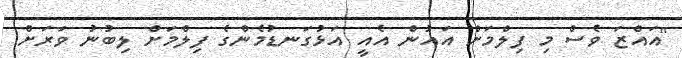
"އައްޒަ ވެސް މި ފިލްމަށް އައުން އެއީ އަޅުގަނޑުމެންގެ ފިލްމަށް ލިބުނު ވަރަށް